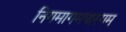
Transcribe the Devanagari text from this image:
निगमागमपारगम्